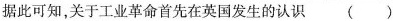
据此可知，关于工业革命首先在英国发生的认识 ( )